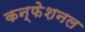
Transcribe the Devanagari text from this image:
कन्फेशनल